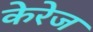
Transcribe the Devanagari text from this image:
केरेज